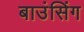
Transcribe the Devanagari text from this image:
बाउंसिंग